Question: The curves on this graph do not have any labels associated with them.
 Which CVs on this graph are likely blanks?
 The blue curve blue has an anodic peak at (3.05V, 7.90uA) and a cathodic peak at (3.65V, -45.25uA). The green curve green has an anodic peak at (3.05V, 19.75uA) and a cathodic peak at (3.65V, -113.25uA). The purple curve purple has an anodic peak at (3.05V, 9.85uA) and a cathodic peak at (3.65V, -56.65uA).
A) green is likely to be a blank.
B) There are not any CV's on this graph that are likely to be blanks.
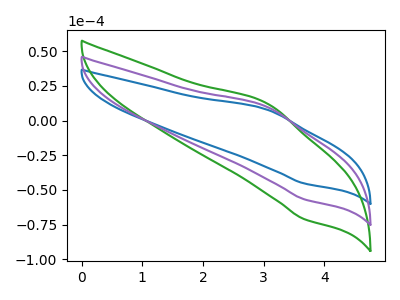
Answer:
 <answer>B) There are not any CV's on this graph that are likely to be blanks.</answer>
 <eval>B</eval>